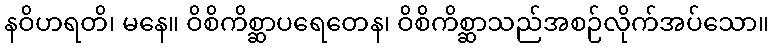
နဝိဟရတိ၊ မနေ။ ဝိစိကိစ္ဆာပရေတေန၊ ဝိစိကိစ္ဆာသည်အစဉ်လိုက်အပ်သော။